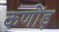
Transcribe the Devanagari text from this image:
कणोंड़